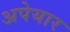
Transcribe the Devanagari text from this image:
अपेयार